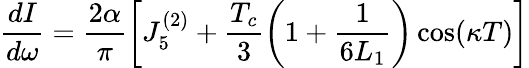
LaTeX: \frac{dI}{d\omega}=\frac{2\alpha}{\pi}\left[J_{5}^{(2)}+\frac{T_{c}}{3}\left(1+\frac{1}{6L_{1}}\right)\cos(\kappa T)\right]